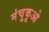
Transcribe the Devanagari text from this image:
मंचूकूओ